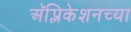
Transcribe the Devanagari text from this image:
अॅप्लिकेशनच्या